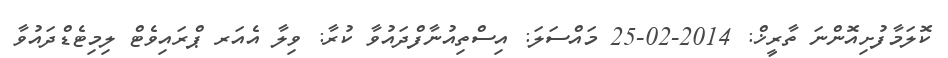
ކޮލަމާފުށިއޮންނަ ތާރީޚް: 2014-02-25 މައްސަލަ: އިސްތިއުނާފްދައުވާ ކުރާ: ވިލާ އެއަރ ޕްރައިވެޓް ލިމިޓެޑްދައުވާ